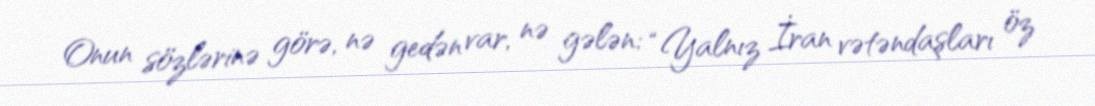
Onun sözlərinə görə, nə gedən var, nə gələn: “Yalnız İran vətəndaşları öz